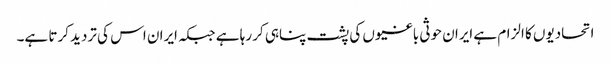
اتحادیوں کا الزام ہے ایران حوثی باغیوں کی پشت پناہی کر رہا ہے جبکہ ایران اس کی تردید کرتا ہے۔